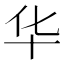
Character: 华